Document type: Sale
Year: 1235
Scribe: Pere de Bages
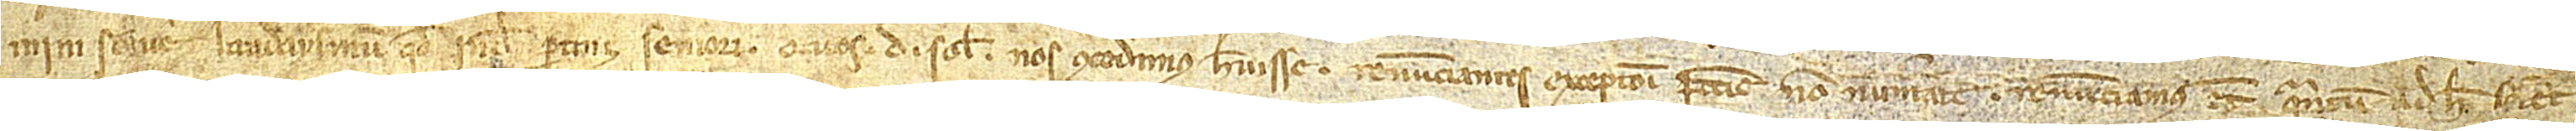
mini solvere laudaysmum quod inde pertinet seniorum. Quos D solidos nos concedimus habuisse, renunciantes excepcione peccunie non numerate. Renunciamus etiam quantum ad hec scienter